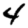
Digit: 4